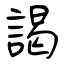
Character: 謁